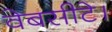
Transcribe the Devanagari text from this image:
वेबसीटे।